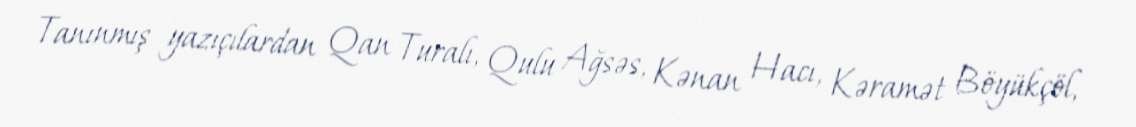
Tanınmış yazıçılardan Qan Turalı, Qulu Ağsəs, Kənan Hacı, Kəramət Böyükçöl,